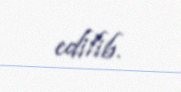
edilib.